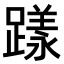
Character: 𨄶